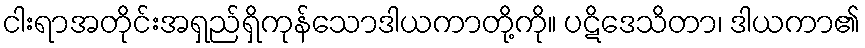
ငါးရာအတိုင်းအရှည်ရှိကုန်သောဒါယကာတို့ကို။ ပဋိဒေသိတာ၊ ဒါယကာ၏